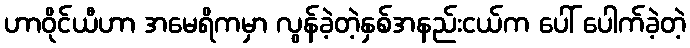
ဟာဝိုင်ယီဟာ အမေရိကမှာ လွန်ခဲ့တဲ့နှစ်အနည်းငယ်က ပေါ် ပေါက်ခဲ့တဲ့